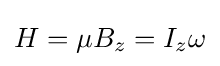
H=\mu B_{z}=I_{z}\omega